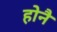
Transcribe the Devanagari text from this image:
होनै